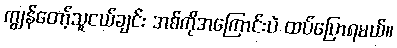
ကျွန်တော့်သူငယ်ချင်း အစ်ကိုအကြောင်းပဲ ထပ်ပြောရမယ်။